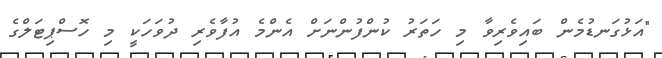
"އަޅުގަނޑުމެން ބައިވެރިވާ މި ހަތަރު ކުންފުންނަށް އެންމެ އުފާވެރި ދުވަހަކީ މި ހޮސްޕިޓަލްގެ